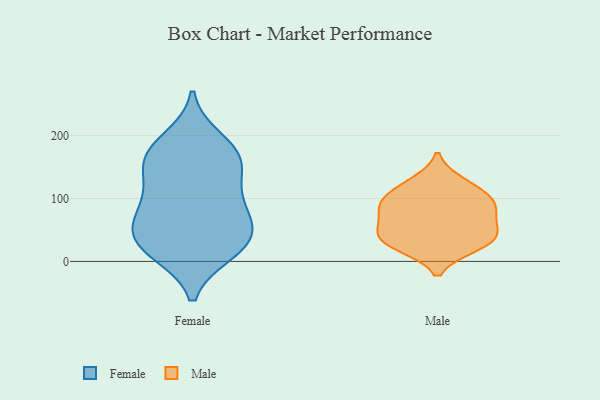
{"axis": {"x": "LTV (USD)", "y": "Value"}, "legend": ["Female", "Male"], "data": [{"x": "", "y": 96, "type": "Female"}, {"x": "", "y": 126, "type": "Female"}, {"x": "", "y": 167, "type": "Female"}, {"x": "", "y": 15, "type": "Female"}, {"x": "", "y": 168, "type": "Female"}, {"x": "", "y": 30, "type": "Female"}, {"x": "", "y": 193, "type": "Female"}, {"x": "", "y": 151, "type": "Female"}, {"x": "", "y": 15, "type": "Female"}, {"x": "", "y": 48, "type": "Female"}, {"x": "", "y": 46, "type": "Female"}, {"x": "", "y": 39, "type": "Female"}, {"x": "", "y": 168, "type": "Female"}, {"x": "", "y": 80, "type": "Female"}, {"x": "", "y": 86, "type": "Female"}, {"x": "", "y": 126, "type": "Male"}, {"x": "", "y": 89, "type": "Male"}, {"x": "", "y": 70, "type": "Male"}, {"x": "", "y": 24, "type": "Male"}, {"x": "", "y": 89, "type": "Male"}, {"x": "", "y": 33, "type": "Male"}, {"x": "", "y": 94, "type": "Male"}, {"x": "", "y": 52, "type": "Male"}, {"x": "", "y": 28, "type": "Male"}, {"x": "", "y": 114, "type": "Male"}, {"x": "", "y": 46, "type": "Male"}]}